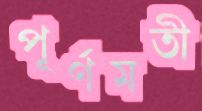
পূর্ণমতী